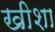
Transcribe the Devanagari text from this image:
खीशा